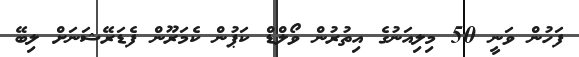
ފަހުން ވަނީ 50 މިލިއަނުގެ އިތުރުން ވޯލްޑް ކަޕުން ކެމަރޫން ފެޑަރޭޝަނަށް ލިބޭ